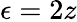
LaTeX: \epsilon=2z